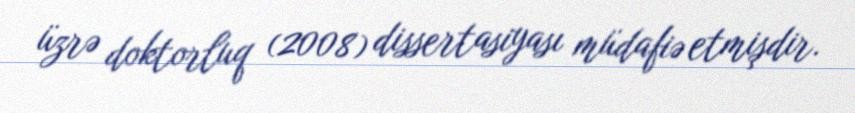
üzrə doktorluq (2008) dissertasiyası müdafiə etmişdir.